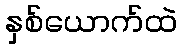
နှစ်ယောက်ထဲ